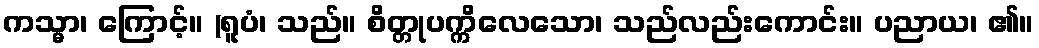
ကသ္မာ၊ ကြောင့်။ (ရူပံ၊ သည်။ စိတ္တုပက္ကိလေသော၊ သည်လည်းကောင်း။ ပညာယ၊ ၏။